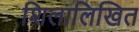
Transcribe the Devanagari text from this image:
शिलालिखित